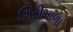
ગિરીમાળા